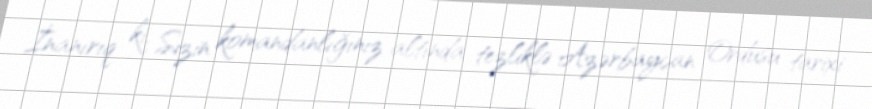
İnanırıq ki, Sizin komandanlığınız altında tezliklə Azərbaycan Ordusu tarixi